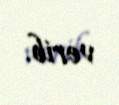
verib.